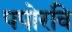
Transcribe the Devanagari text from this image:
पपोरवि